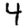
Digit: 4